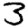
Digit: 3